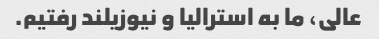
عالی، ما به استرالیا و نیوزیلند رفتیم.